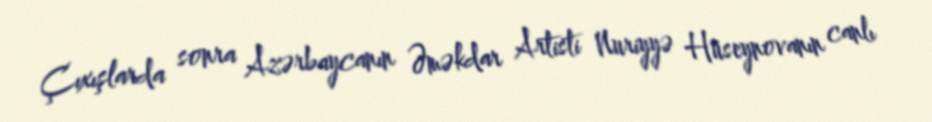
Çıxışlarda sonra Azərbaycanın Əməkdar Artisti Nuriyyə Hüseynovanın canlı